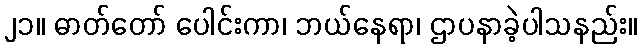
၂၁။ ဓာတ်တော် ပေါင်းကာ၊ ဘယ်နေရာ၊ ဌာပနာခဲ့ပါသနည်း။